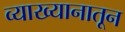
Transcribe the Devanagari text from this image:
व्याख्यानातून